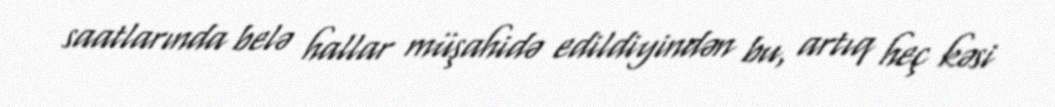
saatlarında belə hallar müşahidə edildiyindən bu, artıq heç kəsi